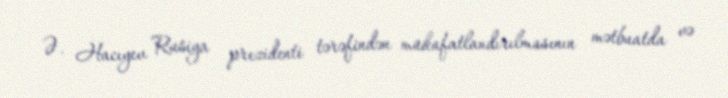
Ə. Hacıyev Rusiya prezidenti tərəfindən mükafatlandırılmasının mətbuatda və